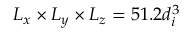
L _ { x } \times L _ { y } \times L _ { z } = 5 1 . 2 d _ { i } ^ { 3 }